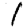
Digit: 1